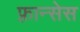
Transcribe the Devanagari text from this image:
फ़्रान्सेस